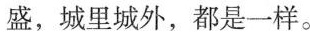
盛，城里城外，都是一样。